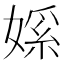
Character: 𫱘